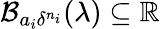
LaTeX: \mathcal{B}_{a_{i}\delta^{n_{i}}}(\lambda)\subseteq\mathbb{R}